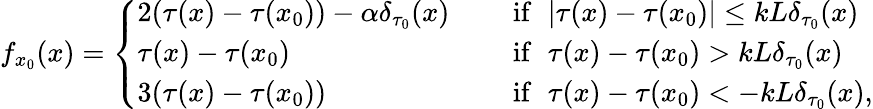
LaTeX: f_{x_{0}}(x)=\left\{ \begin{array}{lcl}{2(\tau(x)-\tau(x_{0}))-\alpha\delta_{\tau_{0}}(x)}&&{\mathrm{~if~}\, \, |\tau(x)-\tau(x_{0})|\leq kL\delta_{\tau_{0}}(x)}\\ {\tau(x)-\tau(x_{0})}&&{\mathrm{~if~}\, \, \tau(x)-\tau(x_{0})>kL\delta_{\tau_{0}}(x)}\\ {3(\tau(x)-\tau(x_{0}))}&&{\mathrm{~if~}\, \, \tau(x)-\tau(x_{0})<-kL\delta_{\tau_{0}}(x),}\end{array}\right.